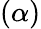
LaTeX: \left(\alpha\right)